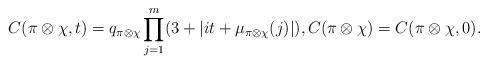
LaTeX: \begin{align*}C(\pi\otimes\chi,t)=q_{\pi\otimes\chi}\prod_{j=1}^{m} (3+|it+\mu_{\pi\otimes\chi}(j)|),C(\pi\otimes\chi)=C(\pi\otimes\chi,0).\end{align*}